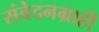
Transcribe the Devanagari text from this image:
संवेदनग्राही